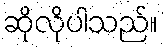
ဆိုလိုပါသည်။